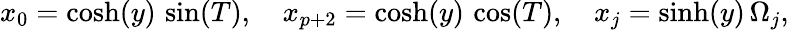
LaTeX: x_{0}=\cosh(y)\, \sin(T),\, \, \, \, \, \, x_{p+2}=\cosh(y)\, \cos(T),\, \, \, \, \, \, x_{j}=\sinh(y)\, \Omega_{j},